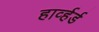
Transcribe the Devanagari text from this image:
हार्व्हर्ड